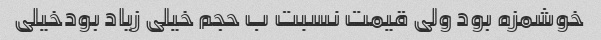
خوشمزه بود ولی قیمت نسبت ب حجم خیلی زیاد بودخیلی